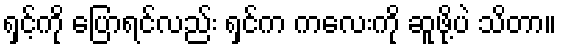
ရှင့်ကို ပြောရင်လည်း ရှင်က ကလေးကို ဆူဖို့ပဲ သိတာ။